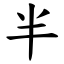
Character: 半